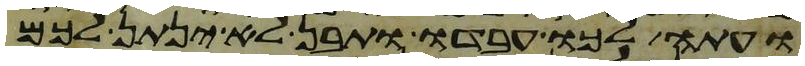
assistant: ועתה לכו עבדו ותבן לא ינתן לכם